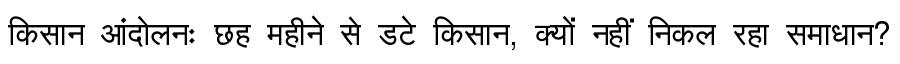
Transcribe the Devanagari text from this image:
किसान आंदोलनः छह महीने से डटे किसान, क्यों नहीं निकल रहा समाधान?